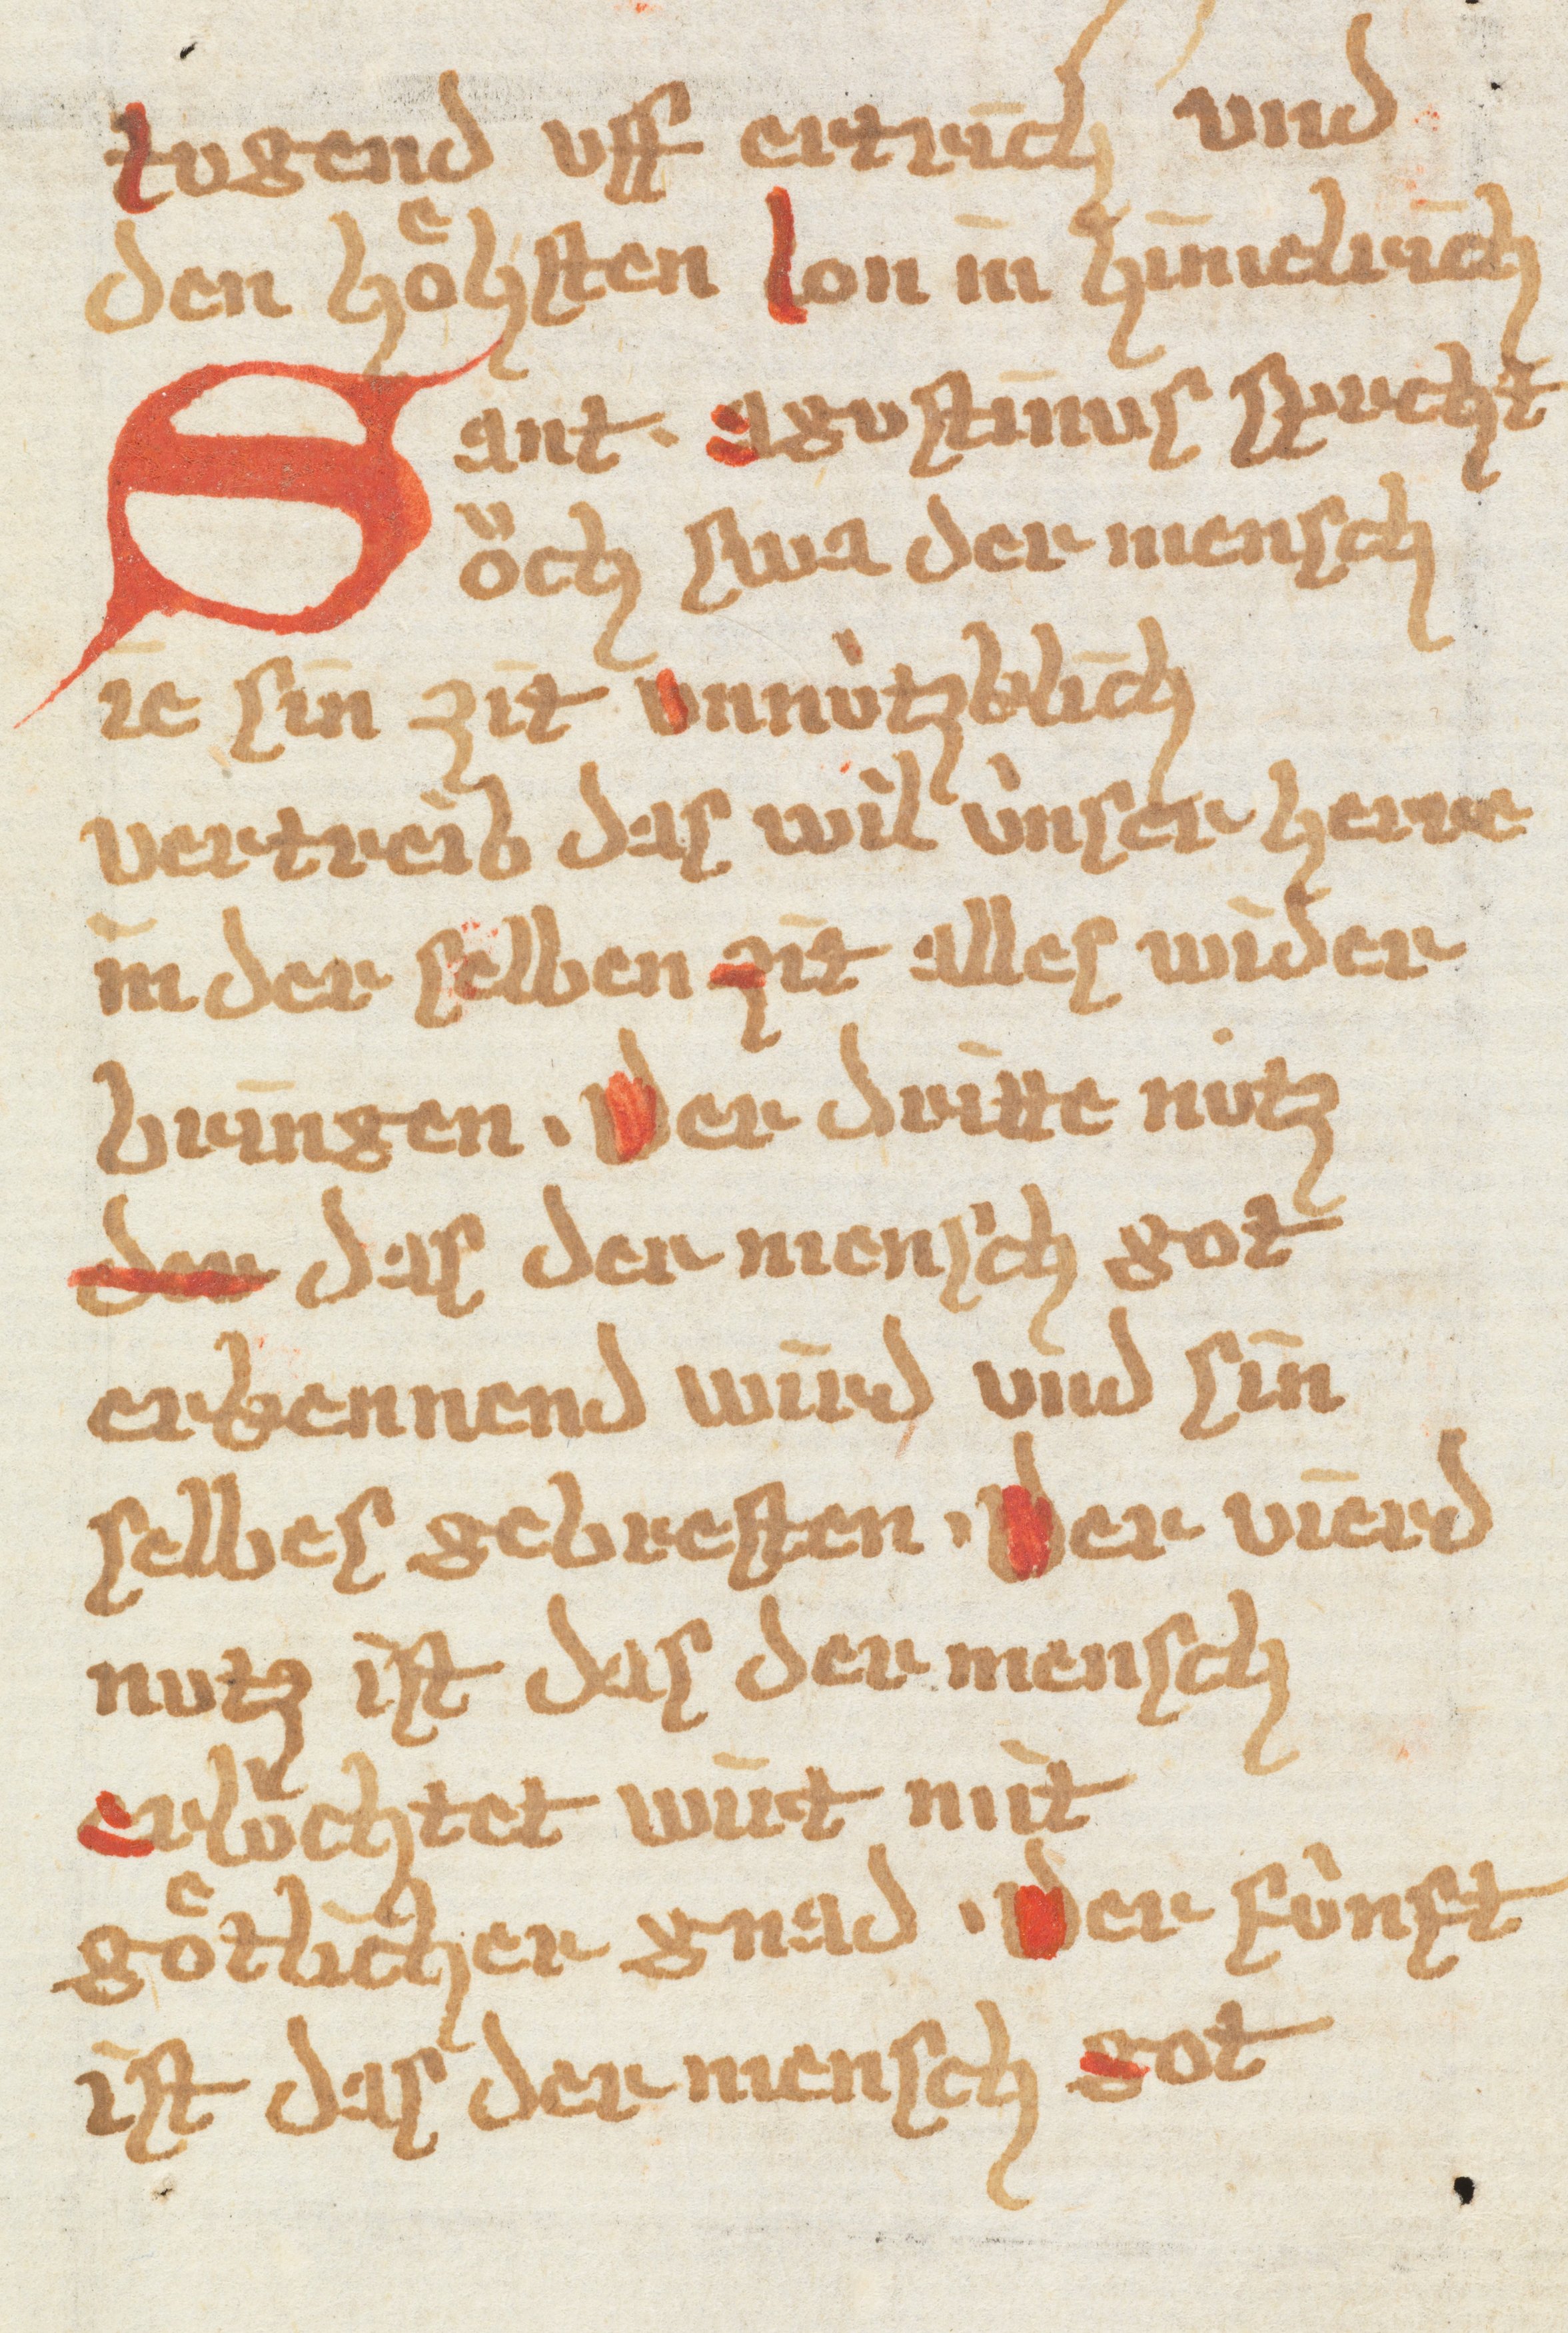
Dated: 1385–1415